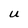
Character: U